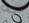
ييه